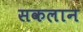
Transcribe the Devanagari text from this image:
सकलान